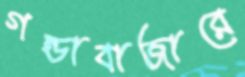
গন্ডাবাজারে